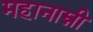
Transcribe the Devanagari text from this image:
महानाम्नी